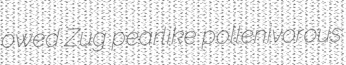
owed Zug pearlike pollenivorous